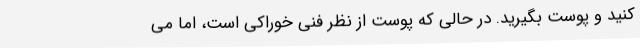
کنید و پوست بگیرید. در حالی که پوست از نظر فنی خوراکی است، اما می